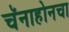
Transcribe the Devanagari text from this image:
चॅनाहोनचा